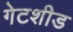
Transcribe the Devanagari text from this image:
गेटशीड